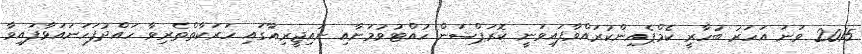
2015 ވަނަ އަހަރު ބުހާރީ ކެމްޕެއިންކުރައްވާފައިވަނީ ކޮރަޕްޝަން ހުއްޓުވުމަށާއި ނައިޖީރިއާގައި ހަރަކާތްތެރިވާ ހައްދުފަހަނައަޅާފައިވާ